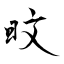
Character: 旼